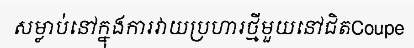
សម្លាប់នៅក្នុងការវាយប្រហារថ្មីមួយនៅជិតCoupe